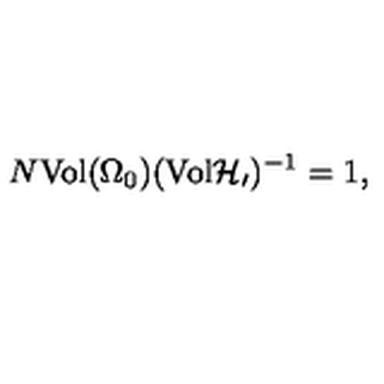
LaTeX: N \mathrm { V o l } ( \Omega _ { 0 } ) ( \mathrm { V o l } { \cal H _ { 0 } } ) ^ { - 1 } = 1 ,